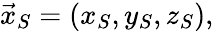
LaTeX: {\vec{x}}_{S}=(x_{S},y_{S},z_{S}),